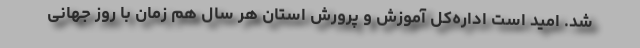
شد. امید است اداره‌کل آموزش و پرورش استان هر سال هم زمان با روز جهانی